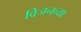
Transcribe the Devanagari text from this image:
विजनच्या